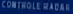
CONTROLLORADAR